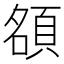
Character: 𬱃